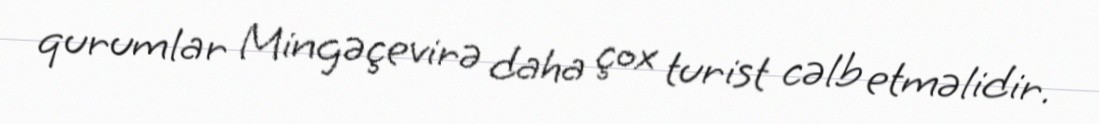
qurumlar Mingəçevirə daha çox turist cəlb etməlidir.